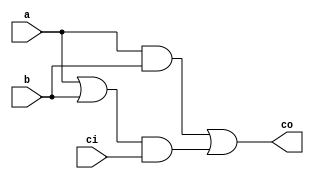
module get_carry(co,ci,a,b);
  input a,b,ci;
  output co;
  and u2(g,a,b);
  or u3(p,a,b);
  and u4(h,p,ci);
  or u5(co,g,h);      
endmodule